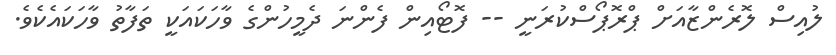
ލުއިސް ލޮރެންޒާއަށް ޕްރޮޕޯސްކުރަނީ -- ފޮޓޯއިން ފެންނަ ދެމީހުންގެ ވާހަކައަކީ ތަފާތު ވާހަކައެކެވެ.